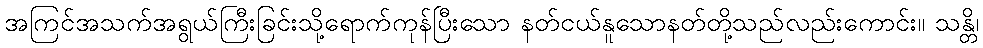
အကြင်အသက်အရွယ်ကြီးခြင်းသို့ရောက်ကုန်ပြီးသော နတ်ငယ်နူသောနတ်တို့သည်လည်းကောင်း။ သန္တိ၊